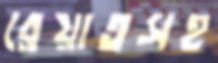
রেয়াতসহ